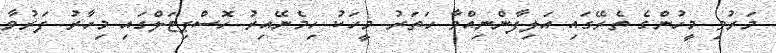
މަރުވި މީހުންގެ ތެރޭގައި އަލިފާންނިއްވާ ހަތަރު މީހަކު ހިމެނޭއިރު ހޮސްޕިޓަލްގައި މިހާރު ފަރުވާ